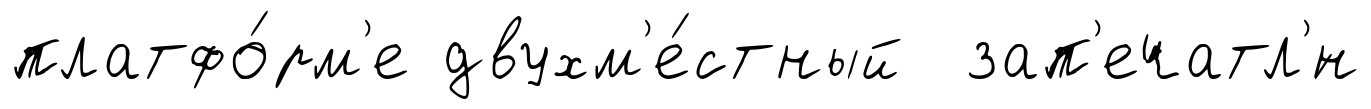
платфо́рм'е двухм'е́стный зап'ечатл'́н